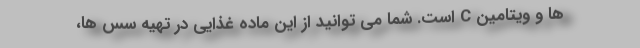
ها و ویتامین C است. شما می توانید از این ماده غذایی در تهیه سس ها،